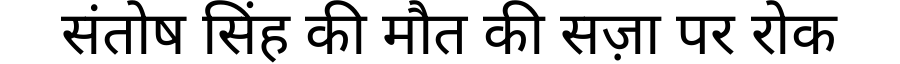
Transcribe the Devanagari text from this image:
संतोष सिंह की मौत की सज़ा पर रोक